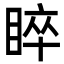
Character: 睟